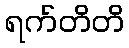
ရက်တိတိ